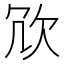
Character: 𭭆